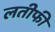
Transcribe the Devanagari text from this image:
लतीफी